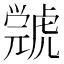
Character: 𧇳